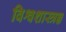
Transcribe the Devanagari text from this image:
विश्वशास्त्रज्ञ